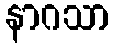
နာဂသာ